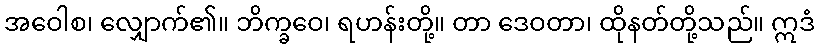
အဝေါစ၊ လျှောက်၏။ ဘိက္ခဝေ၊ ရဟန်းတို့။ တာ ဒေဝတာ၊ ထိုနတ်တို့သည်။ ဣဒံ